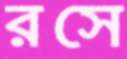
রসে